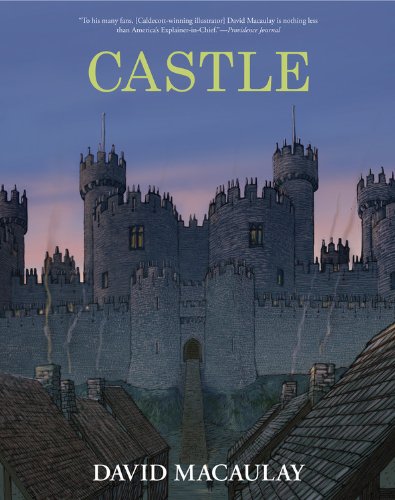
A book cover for Castle: Revised and in Full Color; David Macaulay; Children's Books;